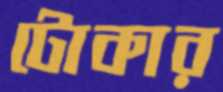
টোকার